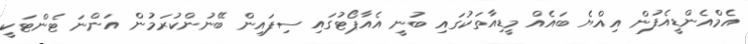
އެމްއެންޑީއެފުން އިއްޔެ ބައެއް މީޑިއާތަކުގައި ބުނީ އެއާޕޯޓުގައި ސިފައިން ބޭނުންކުރަމުން އަންނަ ޓެންޓަކީ